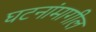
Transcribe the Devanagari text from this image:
घटनांमागील